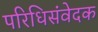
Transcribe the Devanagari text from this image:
परिधिसंवेदक